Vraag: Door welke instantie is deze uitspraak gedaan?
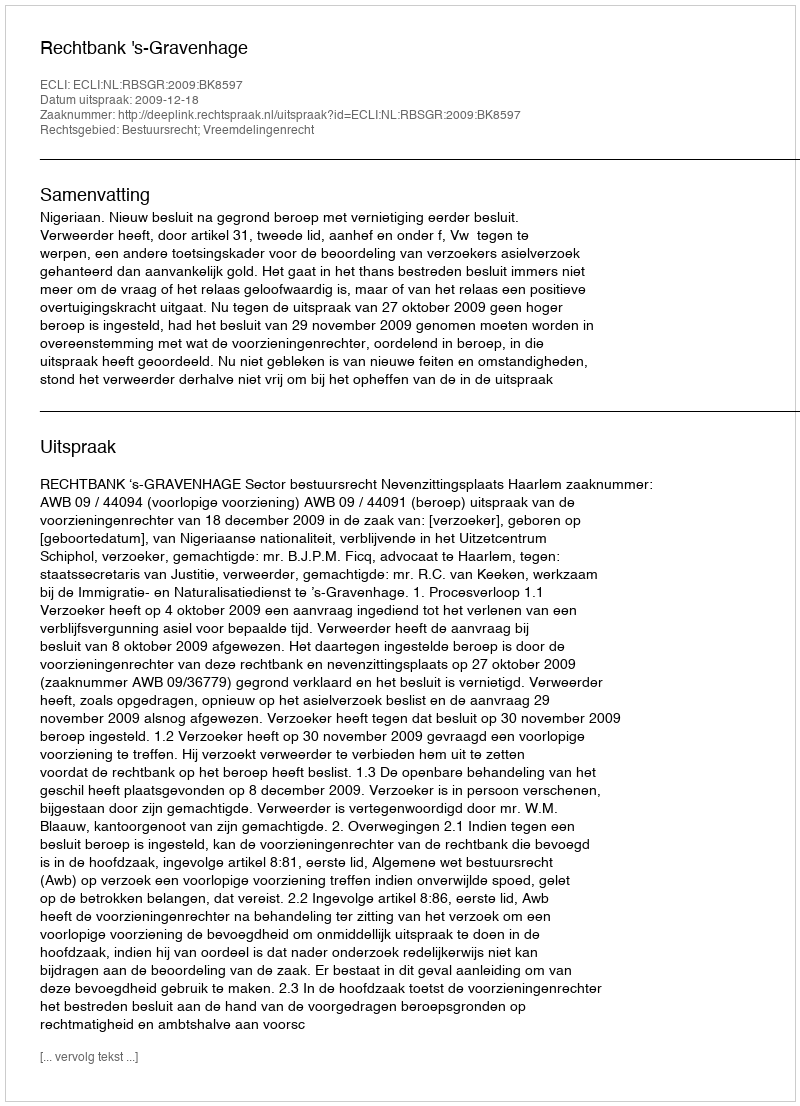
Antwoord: Rechtbank 's-Gravenhage